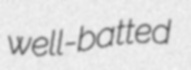
well-batted